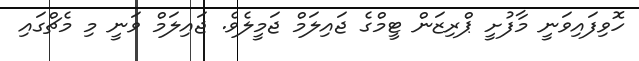
ހޮވިފައިވަނީ މާފުށީ ޕްރިޒަން ޓީމްގެ ޖައިލަމް ޖަމީލެވެ. ޖައިލަމް ވަނީ މި މެޗްގައި